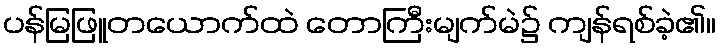
ပန်မြဖြူတယောက်ထဲ တောကြီးမျက်မဲ၌ ကျန်ရစ်ခဲ့၏။